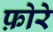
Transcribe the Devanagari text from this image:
फ़ोरे